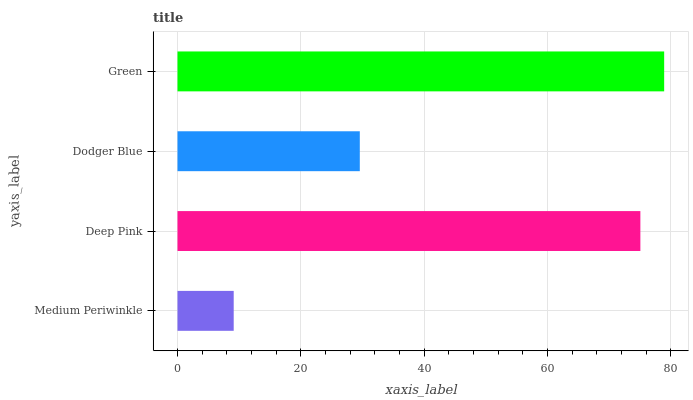
| yaxis_label | bars |
 | --- | --- |
 | Medium Periwinkle | 9.12 |
 | Deep Pink | 75.1 |
 | Dodger Blue | 29.6 |
 | Green | 78.9 |